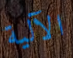
الآلية